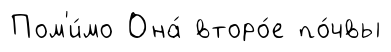
Пом'и́мо Она́ второ́е по́чвы